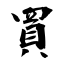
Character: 買